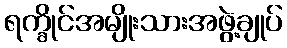
ရက္ခိုင်အမျိုးသားအဖွဲ့ချုပ်